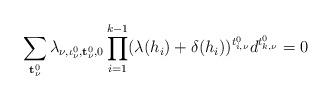
LaTeX: \begin{align*}\sum_{{\bf t}^0_\nu}\lambda_{\nu,\iota^0_\nu,{\bf t}^0_\nu,0}\prod_{i=1}^{k-1}(\lambda(h_i)+\delta(h_i))^{t_{i,\nu}^0}d^{t_{k,\nu}^0}=0\end{align*}